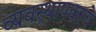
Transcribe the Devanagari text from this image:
व्यवस्थापकाचे